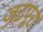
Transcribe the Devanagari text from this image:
जटपूरा